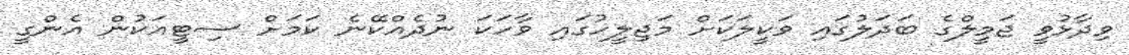
ވިދާޅުވީ ޖަމީލްގެ ބަދަލުގައި ވަކީލަކަށް މަޖިލީހުގައި ވާހަކަ ނުދެއްކޭނެ ކަމަށް ސިޓީއަކުން އެންގީ